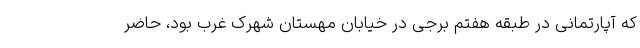
که آپارتمانی در طبقه هفتم برجی در خیابان مهستان شهرک غرب بود، حاضر